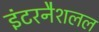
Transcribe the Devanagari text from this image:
इंटरनैशलल